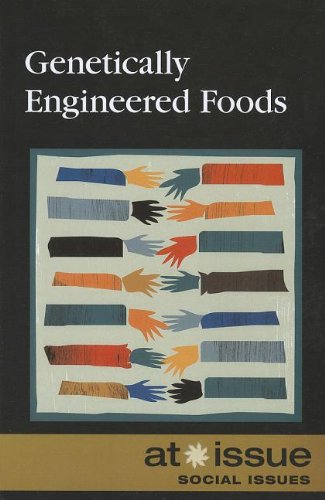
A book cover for Genetically Engineered Food (At Issue); Greenhaven; Health, Fitness & Dieting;